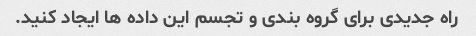
راه جدیدی برای گروه بندی و تجسم این داده ها ایجاد کنید.